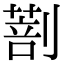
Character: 𠟌